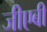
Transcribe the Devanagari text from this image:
जीएबी